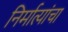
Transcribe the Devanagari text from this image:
निर्मात्यांचा